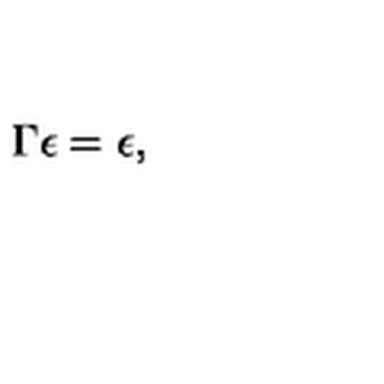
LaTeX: \Gamma \epsilon = \epsilon ,